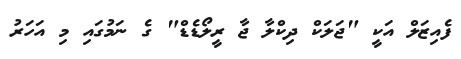
ފެއިޒަލް އަކީ "ޖަލަކް ދިކްލާ ޖާ ރީލޯޑެޑް" ގެ ނަމުގައި މި އަހަރު